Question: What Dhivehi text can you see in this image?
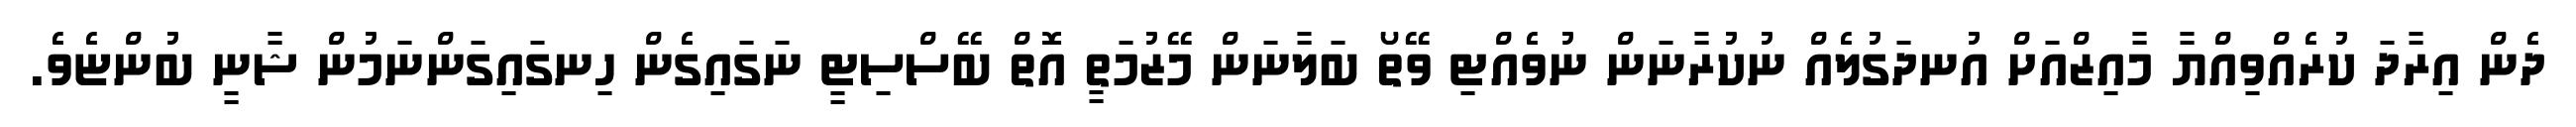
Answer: ދެން އިރާދަ ކުރެއްވިއްޔާ މާއިޒްއަށް އުނދަގުލެއް ނުކުރާނަން ނުވެއްޓި ވޭތޯ ބަލާނަން މޭޒުމަތީ އޮތް ބޭސްސިޓީ ނަގައިގެން ހިނގައިގަންނަމުން ޝާނީ ބުންޏެވެ.